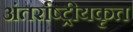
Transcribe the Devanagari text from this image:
अंतर्राष्ट्रीयकृत